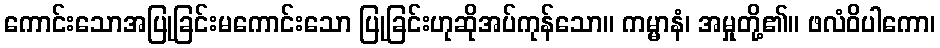
ကောင်းသောအပြုခြင်းမကောင်းသော ပြုခြင်းဟုဆိုအပ်ကုန်သော။ ကမ္မာနံ၊ အမှုတို့၏။ ဖလံဝိပါကော၊